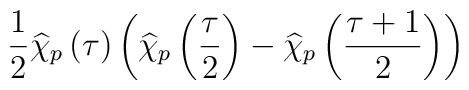
\frac{1}{2}\widehat{\chi }_{p}\left( \tau \right) \left( \widehat{\chi }_{p}\left( \frac{\tau }{2}\right) -\widehat{\chi }_{p}\left( \frac{\tau +1}{2}\right) \right)